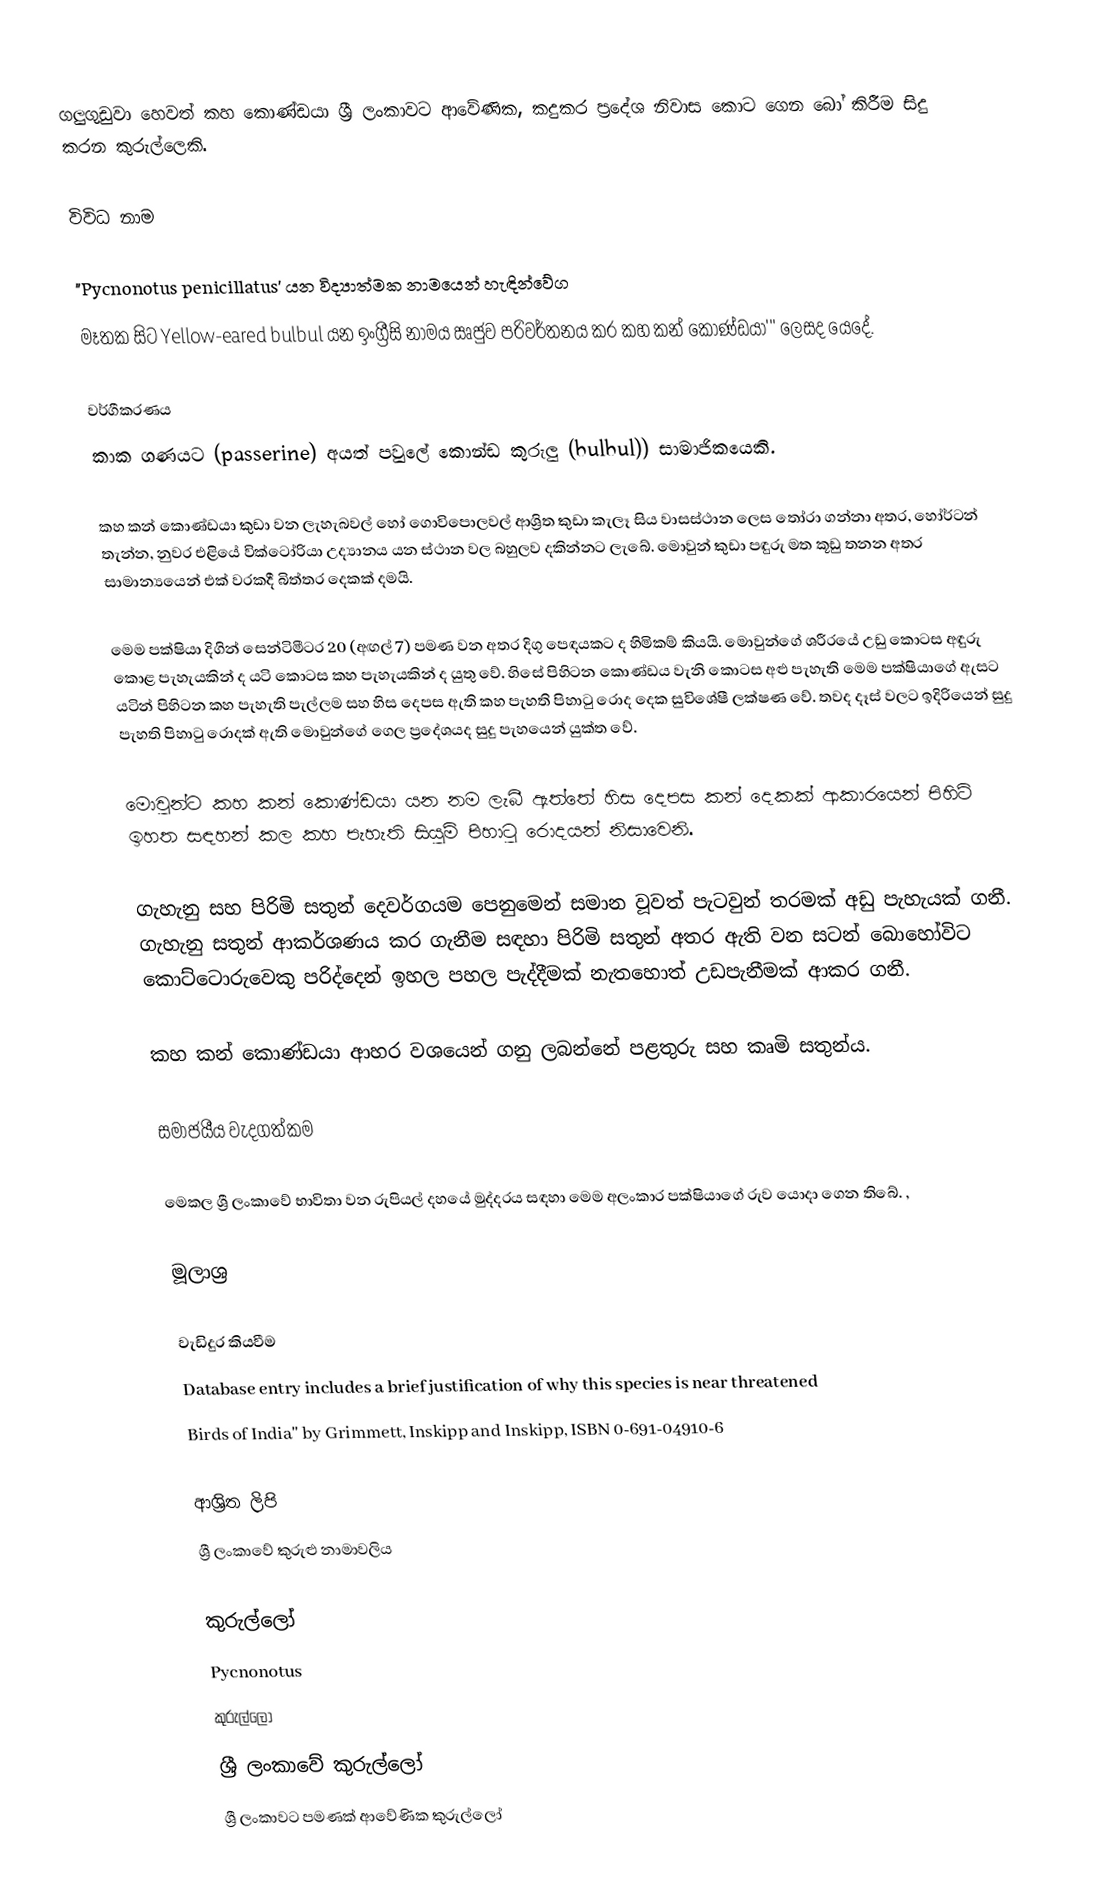
ගලුගුඩුවා හෙවත් කහ කොණ්ඩයා ශ්‍රී ලංකාවට ආවේණික, කදුකර ප්‍රදේශ නිවාස කොට ගෙන බෝ කිරීම සිදු කරන කුරුල්ලෙකි.

විවිධ නාම

"Pycnonotus penicillatus' යන විද්‍යාත්මක නාමයෙන් හැඳින්වේග
මෑතක සිට Yellow-eared bulbul යන ඉංග්‍රීසි නාමය ඍජුව පරිවර්තනය කර කහ කන් කොණ්ඩයා''' ලෙසද යෙදේ.

වර්ගීකරණය
කාක ගණයට (passerine) අයත් පවුලේ කොන්ඩ කුරුලු  (bulbul)) සාමාජිකයෙකි.

කහ කන් කොණ්ඩයා කුඩා වන ලැහැබවල් හෝ ගොවිපොලවල් ආශ්‍රිත කුඩා කැලෑ සිය වාසස්ථාන ලෙස තෝරා ගන්නා අතර, හෝර්ටන් තැන්න, නුවර එළියේ වික්ටෝරියා උද්‍යානය යන ස්ථාන වල බහුලව දකින්නට ලැබේ. මොවුන් කුඩා පඳුරු මත කූඩු තනන අතර සාමාන්‍යයෙන් එක් වරකදී  බිත්තර දෙකක් දමයි.

මෙම පක්ෂියා දිගින් සෙන්ටිමීටර 20 (අඟල් 7) පමණ වන අතර දිගු පෙඳයකට ද හිමිකම් කියයි. මොවුන්ගේ ශරීරයේ උඩු කොටස අඳුරු කොළ පැහැයකින් ද යටි කොටස කහ පැහැයකින් ද යුතු වේ. හිසේ පිහිටන කොණ්ඩය වැනි කොටස අළු පැහැති මෙම පක්ෂියාගේ  ඇසට යටින් පිහිටන කහ පැහැති පැල්ලම සහ හිස දෙපස ඇති කහ පැහති පිහාටු රොද දෙක සුවිශේෂී ලක්ෂණ වේ. තවද දෑස් වලට ඉදිරියෙන් සුදු පැහති පිහාටු රොදක් ඇති මොවුන්ගේ ගෙල ප්‍රදේශයද සුදු පැහයෙන් යුක්ත වේ.

මොවුන්ට කහ කන් කොණ්ඩයා යන නම ලැබී ඇත්තේ හිස දෙපස කන් දෙකක් ආකාරයෙන් පිහිටි ඉහත සඳහන් කල කහ පැහැති සියුම් පිහාටු රොදයන් නිසාවෙනි.

ගැහැනු සහ පිරිමි සතුන් දෙවර්ගයම පෙනුමෙන් සමාන වූවත් පැටවුන් තරමක් අඩු පැහැයක් ගනී. ගැහැනු සතුන් ආකර්ශණය කර ගැනීම සඳහා පිරිමි සතුන් අතර ඇති වන සටන් බොහෝවිට කොට්ටොරුවෙකු පරිද්දෙන් ඉහල පහල පැද්දීමක් නැතහොත් උඩපැනීමක් ආකර ගනී.

කහ කන් කොණ්ඩයා ආහර වශයෙන් ගනු ලබන්නේ පළතුරු සහ කෘමි සතුන්ය.

සමාජයීය වැදගත්කම

මෙකල ශ්‍රී ලංකාවේ භාවිතා වන රුපියල් දහයේ මුද්දරය සඳහා  මෙම අලංකාර පක්ෂියාගේ රුව යොදා ගෙන තිබේ. ,

මූලාශ්‍ර

වැඩිදුර කියවීම
  Database entry includes a brief justification of why this species is near threatened
 Birds of India'' by Grimmett, Inskipp and Inskipp, ISBN 0-691-04910-6

ආශ්‍රිත ලිපි
 ශ්‍රී ලංකාවේ කුරුළු නාමාවලිය

කුරුල්ලෝ
Pycnonotus
කුරුල්ලෝ
ශ්‍රී ලංකාවේ කුරුල්ලෝ
ශ්‍රී ලංකා‍වට පමණක් ආවේණික කුරුල්ලෝ